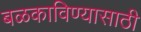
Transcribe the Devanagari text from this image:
बळकाविण्यासाठी